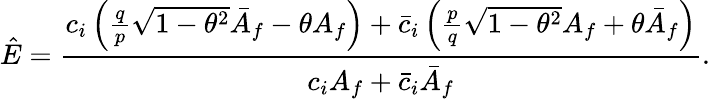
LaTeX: \hat{E}=\frac{c_{i}\left(\frac{q}{p}\sqrt{1-\theta^{2}}\bar{A}_{f}-\theta A_{f}\right)+\bar{c}_{i}\left(\frac{p}{q}\sqrt{1-\theta^{2}}A_{f}+\theta\bar{A}_{f}\right)}{c_{i}A_{f}+\bar{c}_{i}\bar{A}_{f}}.